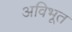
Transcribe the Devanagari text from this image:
अविभूत